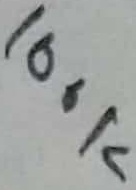
Text: 100K